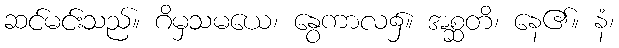
ဆင်မင်းသည်။ ဂိမှသမယေ၊ နွေကာလ၌။ အစ္ဆတိ၊ နေ၏။ နံ၊